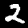
Digit: 2